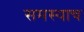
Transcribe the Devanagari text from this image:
समस्याच